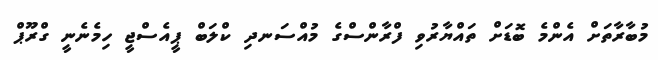
މުބާރާތަށް އެންމެ ބޮޑަށް ތައްޔާރުވި ފްރާންސްގެ މުއްސަނދި ކްލަބް ޕީއެސްޖީ ހިމެނެނީ ގްރޫޕް